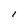
Character: I